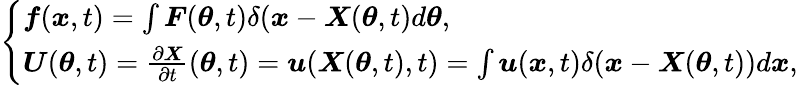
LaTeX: \left\{ \begin{array}{l}{\boldsymbol{f}(\boldsymbol{x},t)=\int\boldsymbol{F}(\boldsymbol{\theta},t)\delta(\boldsymbol{x}-\boldsymbol{X}(\boldsymbol{\theta},t)d\boldsymbol{\theta},}\\ {\boldsymbol U(\boldsymbol\theta,t)=\frac{\partial\boldsymbol{X}}{\partial t}(\boldsymbol{\theta},t)=\boldsymbol{u}(\boldsymbol{X}(\boldsymbol{\theta},t),t)=\int\boldsymbol{u}(\boldsymbol{x},t)\delta(\boldsymbol{x}-\boldsymbol{X}(\boldsymbol{\theta},t))d\boldsymbol{x},}\end{array}\right.